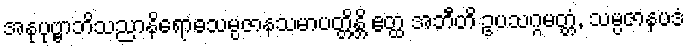
အနုပုဗ္ဗာဘိသညာနိရောဓသမ္ပဇာနသမာပတ္တိန္တိ ဧတ္ထ အဘီတိ ဥပသဂ္ဂမတ္တံ, သမ္ပဇာနပဒံ